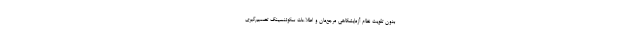
بدون تقویت نظام آزمایشگاهی مرجع‌مان و اطلاعات سکوئنسینگ تصمیم‌گیری